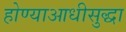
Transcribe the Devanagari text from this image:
होण्याआधीसुद्धा